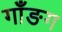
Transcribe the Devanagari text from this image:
गाँङग